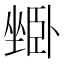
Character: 𱗾